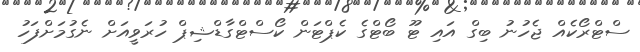
ސްޓްރޯކެއް ޖެހުނު ބިގް އައި ޓޫ ބޯޓްގެ ކެޕްޓަން ކޯސްޓްގާޑްޝިޕް ހުރަވީއަށް ނެގުމަށްފަހު